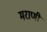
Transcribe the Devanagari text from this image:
मराणी